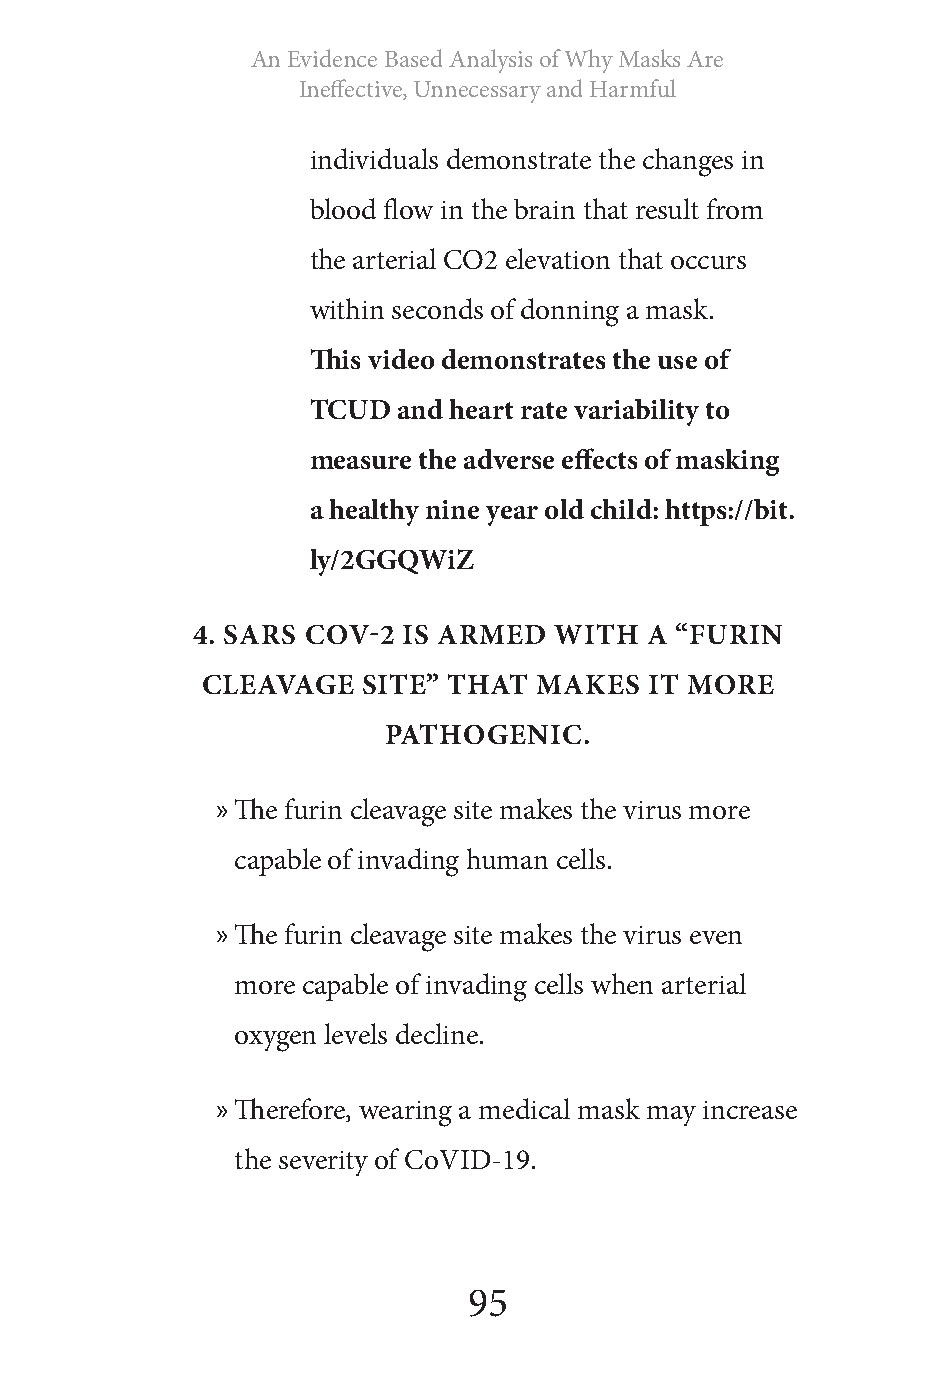
An Evidence Based Analysis of Why Masks Are
 Ineffective, Unnecessary and Harmful
 individuals demonstrate the changes in
 blood flow in the brain that result from
 the arterial CO2 elevation that occurs
 within seconds of donning a mask.
 This video demonstrates the use of
 TCUD  and heart rate variability to
 measure the adverse effects of masking
 a healthy nine year old child: https://bit.
 ly/2GGQWiZ
 4. SARS COV-2 IS ARMED  WITH  A “FURIN
 CLEAVAGE   SITE” THAT  MAKES  IT MORE
 PATHOGENIC.
 » The furin cleavage site makes the virus more
 capable of invading human cells.
 » The furin cleavage site makes the virus even
 more capable of invading cells when arterial
 oxygen levels decline.
 » Therefore, wearing a medical mask may increase
 the severity of CoVID-19.
 95